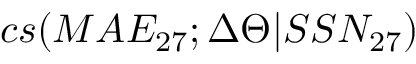
c s ( M A E _ { 2 7 } ; \Delta \Theta | S S N _ { 2 7 } )